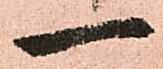
一